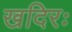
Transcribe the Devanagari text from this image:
खदिरः